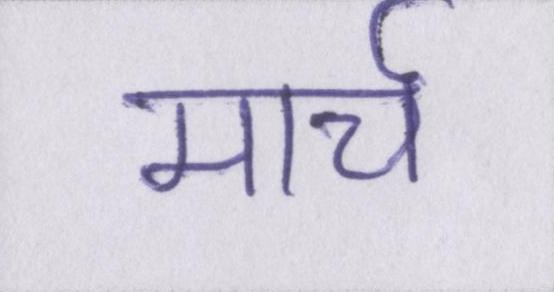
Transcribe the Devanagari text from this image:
मार्च